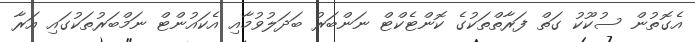
އެގޮތުން ސުކޫކު ގަތް ފަރާތްތަކުގެ ކޮންޓެކްޓް ނަންބަރު ބަދަލުވުމާއި އެކައުންޓް ނަމްބަރުތަކުގައި އަރާ